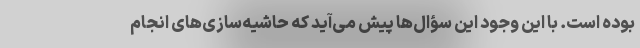
بوده است. با این وجود این سؤال‌ها پیش می‌آید که حاشیه‌سازی‌های انجام